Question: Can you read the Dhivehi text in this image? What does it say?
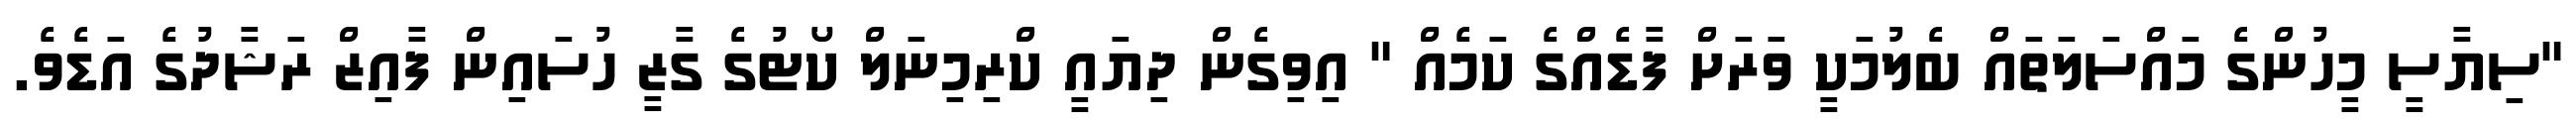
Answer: "ސިޔާސީ މީހުންގެ މައްސަލަތައް ބެލުމަކީ ވަރަށް ފާޑެއްގެ ކަމެއް " އިވިގެން ދިޔައީ ކްރިމިނަލް ކޯޓުގެ ގާޒީ ހުސައިން ފާއިޒް ރަޝާދުގެ އަޑެވެ.